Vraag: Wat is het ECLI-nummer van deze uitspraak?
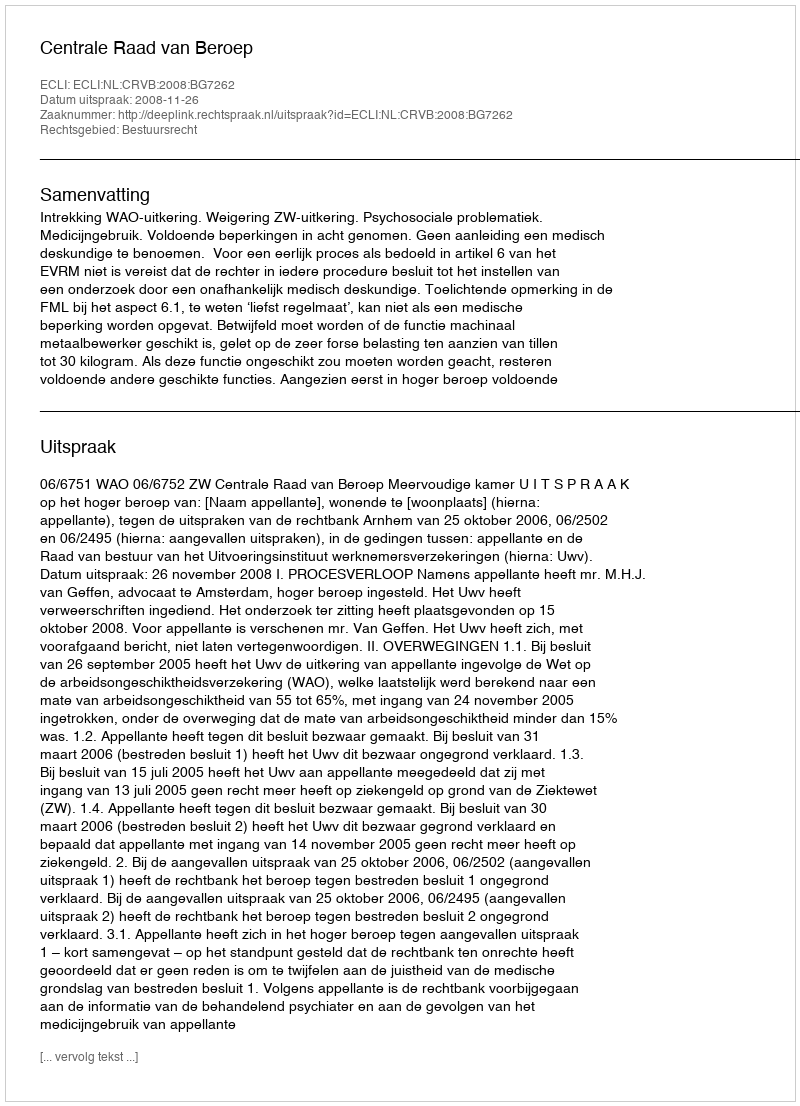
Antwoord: ECLI:NL:CRVB:2008:BG7262